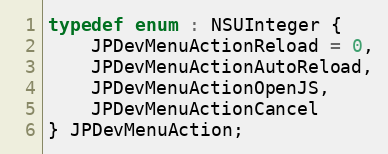
Language: C
typedef enum : NSUInteger {
    JPDevMenuActionReload = 0,
    JPDevMenuActionAutoReload,
    JPDevMenuActionOpenJS,
    JPDevMenuActionCancel
} JPDevMenuAction;